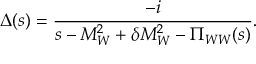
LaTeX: \Delta ( s ) = { \frac { - i } { s - M _ { W } ^ { 2 } + \delta M _ { W } ^ { 2 } - \Pi _ { W W } ( s ) } } .